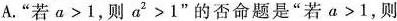
A.”若$$a>1$$，则$$a^{2}>1$$”的否命题是”若$$a>1$$，则